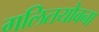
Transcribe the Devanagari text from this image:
गलितयौवना